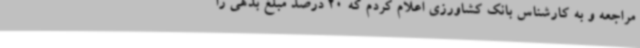
مراجعه و به کارشناس بانک کشاورزی اعلام کردم که 20 درصد مبلغ بدهی را